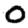
Digit: 0